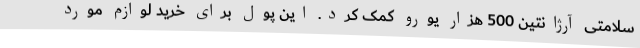
سلامتی آرژانتین 500 هزار یورو کمک کرد. این پول برای خرید لوازم مورد